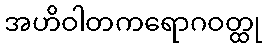
အဟိဝါတကရောဂဝတ္ထု